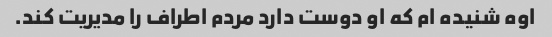
اوه شنیده ام که او دوست دارد مردم اطراف را مدیریت کند.